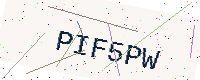
Text: PIF5PW